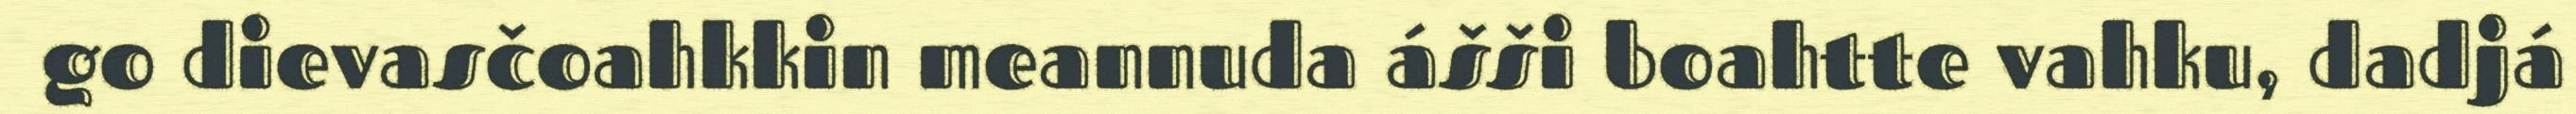
go dievasčoahkkin meannuda ášši boahtte vahku, dadjá